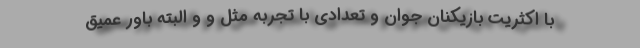
با اکثریت بازیکنان جوان و تعدادی با تجربه مثل و و البته باور عمیق